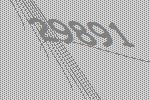
29891